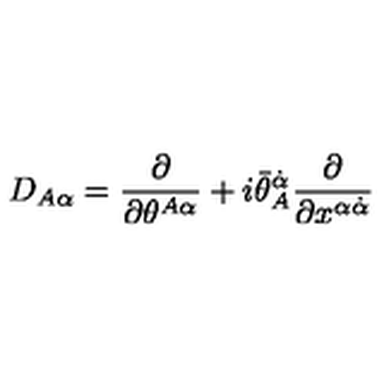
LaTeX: D _ { A \alpha } = { \frac { \partial } { \partial \theta ^ { A \alpha } } } + i \bar { \theta } _ { A } ^ { \dot { \alpha } } { \frac { \partial } { \partial x ^ { \alpha \dot { \alpha } } } }